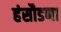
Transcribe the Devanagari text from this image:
हंसौडणा